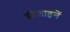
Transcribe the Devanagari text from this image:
डीजाइनें